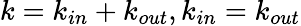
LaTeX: k=k_{in}+k_{out},k_{in}=k_{out}